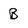
Character: B